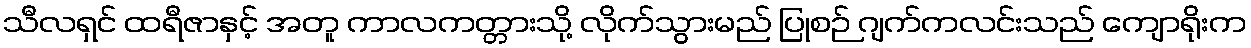
သီလရှင် ထရီဇာနှင့် အတူ ကာလကတ္တားသို့ လိုက်သွားမည် ပြုစဉ် ဂျက်ကလင်းသည် ကျောရိုးက